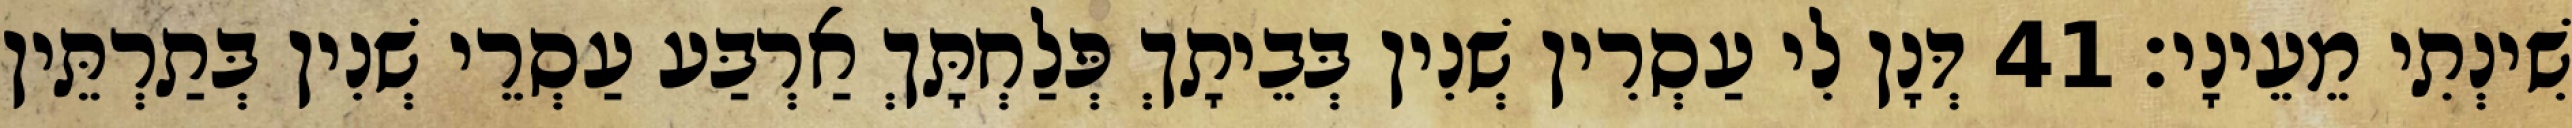
שִׁינְתִי מֵעֵינָי׃ 41 דְּנָן לִי עַסְרִין שְׁנִין בְּבֵיתָךְ פְּלַחְתָּךְ אַרְבַּע עַסְרֵי שְׁנִין בְּתַרְתֵּין